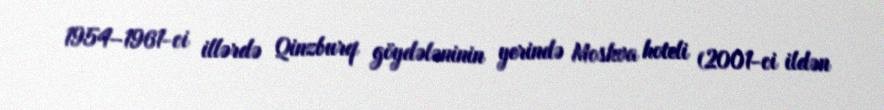
1954–1961-ci illərdə Qinzburq göydələninin yerində Moskva hoteli (2001-ci ildən